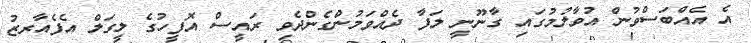
އެ އެއްބަސްވުން އުވާލުމުގައި ގާނޫނީ ލަފާ ދެއްވަމުންގެންދެވި ރައީސް އޮފީހުގެ ލީގަލް އެފެއާރޒު